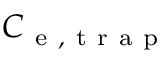
C _ { \mathrm { ~ e ~ , ~ t ~ r ~ a ~ p ~ } }